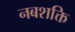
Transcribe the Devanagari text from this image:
नबशक्ति